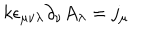
k \epsilon _ { \mu \nu \lambda } \partial _ { \nu } A _ { \lambda } = j _ { \mu }